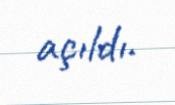
açıldı.